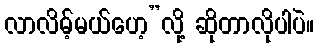
လာလိမ့်မယ်ဟေ့”လို့ ဆိုတာလိုပါပဲ။